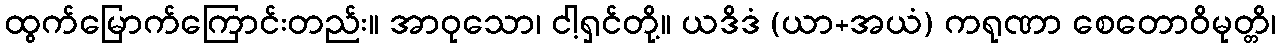
ထွက်မြောက်ကြောင်းတည်း။ အာဝုသော၊ ငါ့ရှင်တို့။ ယဒိဒံ (ယာ+အယံ) ကရုဏာ စေတောဝိမုတ္တိ၊